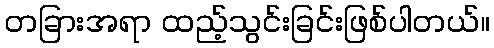
တခြားအရာ ထည့်သွင်းခြင်းဖြစ်ပါတယ်။